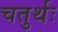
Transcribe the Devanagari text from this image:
चतुर्थः